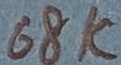
Text: 68K